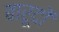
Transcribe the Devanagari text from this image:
बारूदों